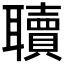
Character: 𮋿